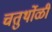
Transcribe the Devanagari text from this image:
चतुर्थोळी